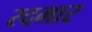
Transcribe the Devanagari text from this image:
रदमार